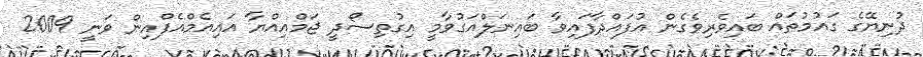
ދުނިޔޭގެ ގައުމުތައް ބައިވެރިވެގެން އުފައްދާފައިވާ ބައިނަލްއަގުވާމީ އިގުތިސޯދީ ޖަމްއިއްޔާ އައިއެމްއެފްއިން ވަނީ 2009